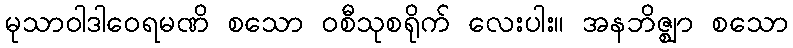
မုသာဝါဒါဝေရမဏိ စသော ဝစီသုစရိုက် လေးပါး။ အနဘိဇ္ဈာ စသော